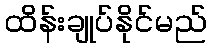
ထိန်းချုပ်နိုင်မည်